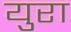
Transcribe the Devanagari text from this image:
युरा